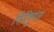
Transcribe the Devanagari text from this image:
गिरिगुप्त